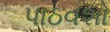
પાઠવશો